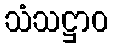
သံသဋ္ဌာဝ